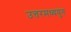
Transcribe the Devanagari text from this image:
उत्तरमध्ययुग